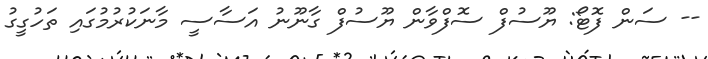
-- ސަން ފޮޓޯ: ޔޫސުފް ސޮފްވާން ޔޫސުފް ގާނޫނު އަސާސީ މާނަކުރުމުގައި ތަހުގީގު